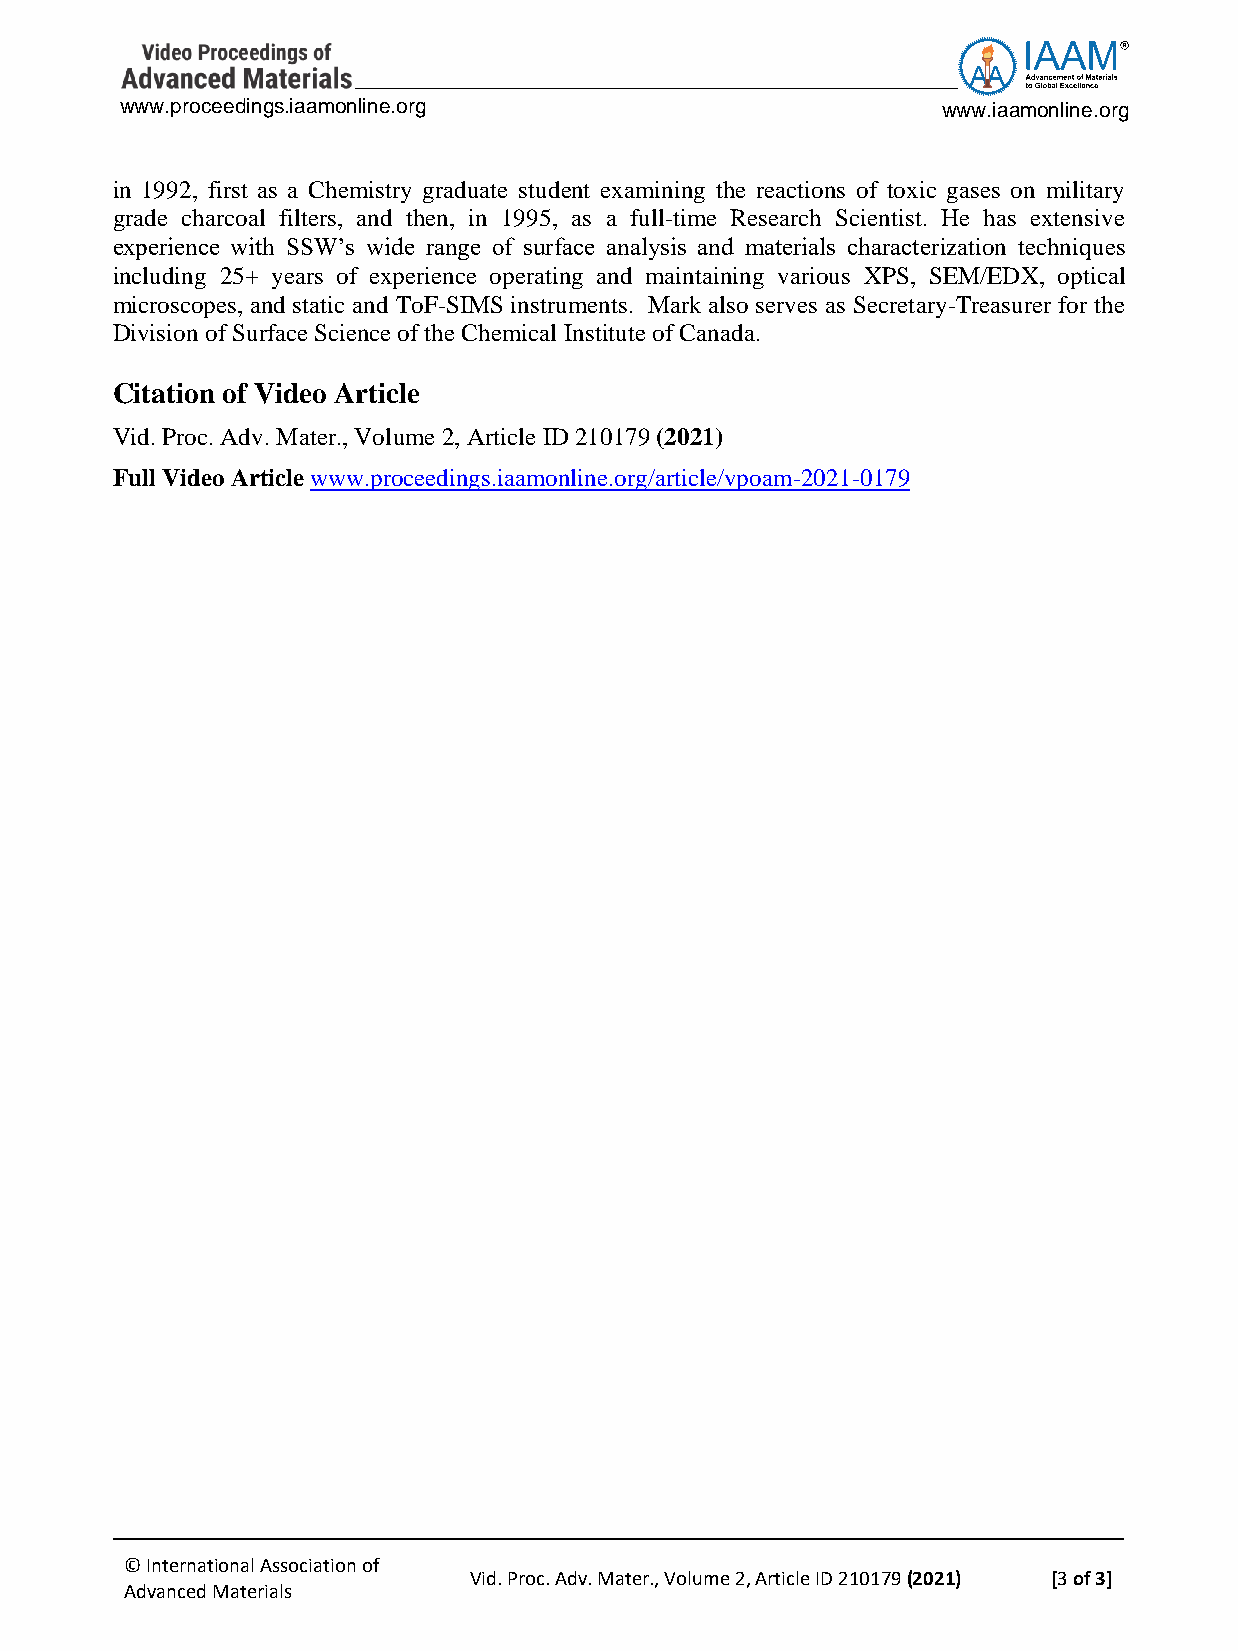
www.proceedings.iaamonline.org                        www.iaamonline.org
 in 1992, first as a Chemistry graduate student examining the reactions of toxic gases on military
 grade charcoal filters, and then, in 1995, as a full-time Research Scientist. He has extensive
 experience with SSW’s wide range of surface analysis and materials characterization techniques
 including 25+ years of experience operating and maintaining various XPS, SEM/EDX, optical
 microscopes, and static and ToF-SIMS instruments. Mark also serves as Secretary-Treasurer for the
 Division of Surface Science of the Chemical Institute of Canada.
 Citation of Video Article
 Vid. Proc. Adv. Mater., Volume 2, Article ID 210179 (2021)
 Full Video Article www.proceedings.iaamonline.org/article/vpoam-2021-0179
 © International Association of
 Vid. Proc. Adv. Mater., Volume 2, Article ID 210179 (2021) [3 of 3]
 Advanced Materials